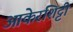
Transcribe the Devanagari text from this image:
आकेरशिट्टी